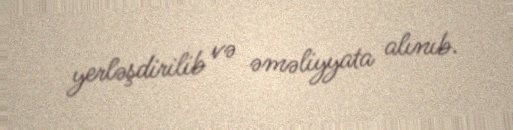
yerləşdirilib və əməliyyata alınıb.